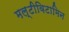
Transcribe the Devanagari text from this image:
मल्टीविटामिन